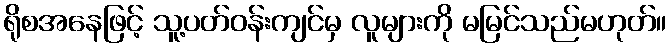
ရိုစအနေဖြင့် သူ့ပတ်ဝန်းကျင်မှ လူများကို မမြင်သည်မဟုတ်။